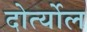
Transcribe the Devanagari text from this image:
दोर्त्योल